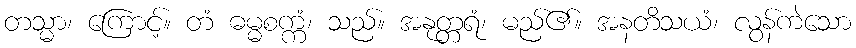
တသ္မာ၊ ကြောင့်။ တံ ဓမ္မစက္ကံ၊ သည်။ အနုတ္တရံ၊ မည်၏။ အနတိသယံ၊ လွန်ကဲသော